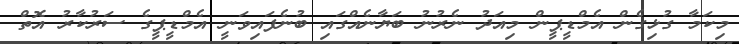
މިކަމާ ގުޅިގެން އެމްޑީޕީން މިއަދު ނެރުނު ބަޔާނެއްގައި ބުނެފައިވަނީ އެމްޑީޕީގެ ސަރުކާރު އޮތް